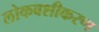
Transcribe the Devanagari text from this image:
लोकवशीकरण